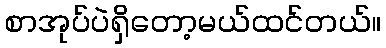
စာအုပ်ပဲရှိတော့မယ်ထင်တယ်။